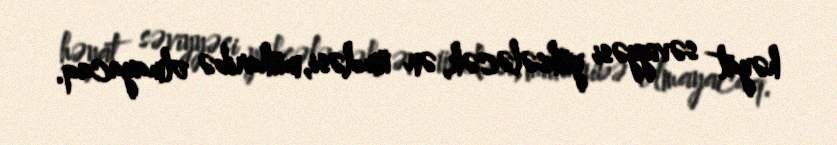
həyat səviyyəsi yüksələcək, ən ümdəsi, müharibə olmayacaq.